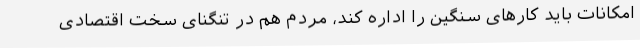
امکانات باید کارهای سنگین را اداره کند، مردم هم در تنگنای سخت اقتصادی